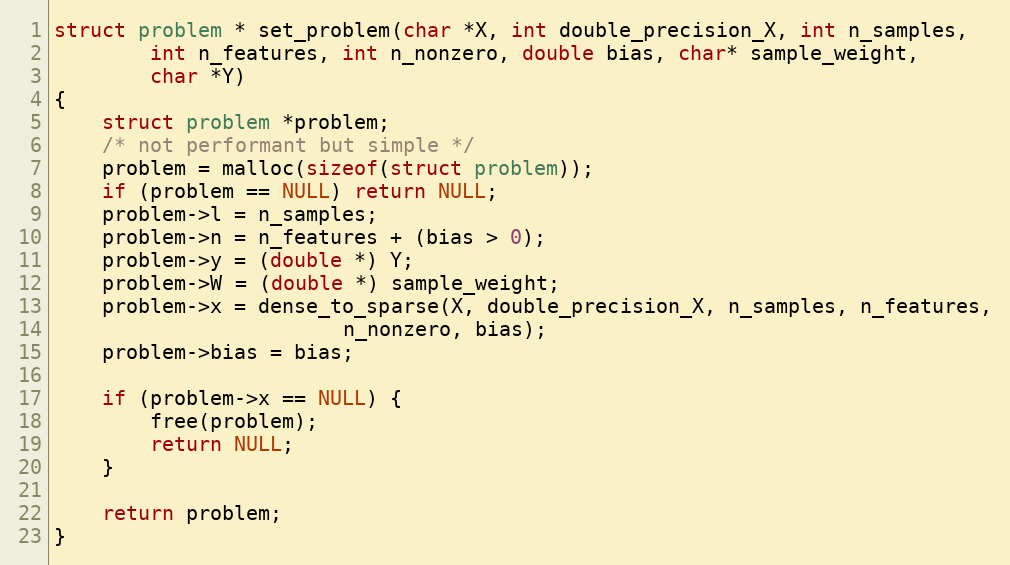
Language: C
struct problem * set_problem(char *X, int double_precision_X, int n_samples,
        int n_features, int n_nonzero, double bias, char* sample_weight,
        char *Y)
{
    struct problem *problem;
    /* not performant but simple */
    problem = malloc(sizeof(struct problem));
    if (problem == NULL) return NULL;
    problem->l = n_samples;
    problem->n = n_features + (bias > 0);
    problem->y = (double *) Y;
    problem->W = (double *) sample_weight;
    problem->x = dense_to_sparse(X, double_precision_X, n_samples, n_features,
                        n_nonzero, bias);
    problem->bias = bias;

    if (problem->x == NULL) {
        free(problem);
        return NULL;
    }

    return problem;
}